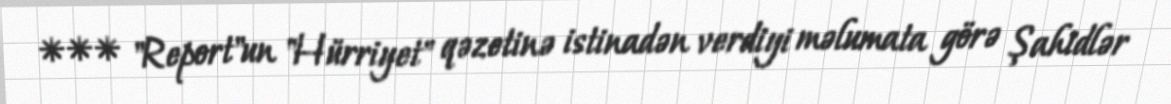
*** "Report"un "Hürriyet" qəzetinə istinadən verdiyi məlumata görə Şahidlər